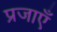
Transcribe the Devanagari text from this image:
प्रजाएँ